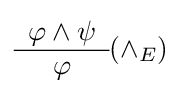
{\begin{array}{c}\varphi \land \psi \\\hline \varphi \end{array}}(\land _{E})